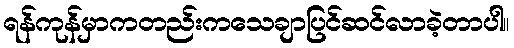
ရန်ကုန်မှာကတည်းကသေချာပြင်ဆင်လာခဲ့တာပါ။